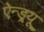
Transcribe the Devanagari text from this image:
ऐन्ड्र्यू